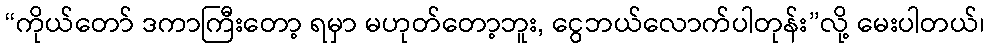
“ကိုယ်တော် ဒကာကြီးတော့ ရမှာ မဟုတ်တော့ဘူး, ငွေဘယ်လောက်ပါတုန်း”လို့ မေးပါတယ်၊